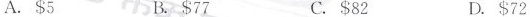
A. $5 B. $77 C. $82 D. $72